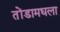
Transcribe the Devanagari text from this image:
तोंडामधला